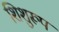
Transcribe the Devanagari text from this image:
शिशुरूप